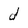
Character: d